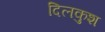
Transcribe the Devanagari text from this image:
दिलकुश